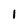
Character: 1